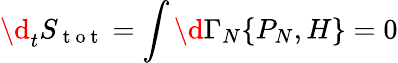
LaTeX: \d_{t}S_{\mathrm{~t~o~t~}}=\int\d\Gamma_{N}\{ P_{N},H\} =0